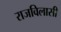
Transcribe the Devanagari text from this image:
राजविलासी